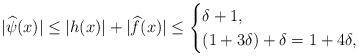
LaTeX: \begin{align*}|\widehat{\psi}(x)|\leq|h(x)|+|\widehat{f}(x)|\leq\begin{cases}\delta+1,&\quad\\(1+3\delta)+\delta=1+4\delta,&\quad\end{cases}\end{align*}